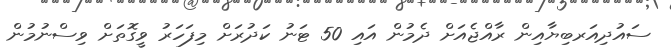
ސައުދިއަަރބިޔާއިން ރާއްޖެއަށް ދެމުން އައި 50 ޓަނު ކަދުރަށް މިފަހަރު ވީގޮތަށް ވިސްނުމުން